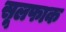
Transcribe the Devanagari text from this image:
सूलफाक